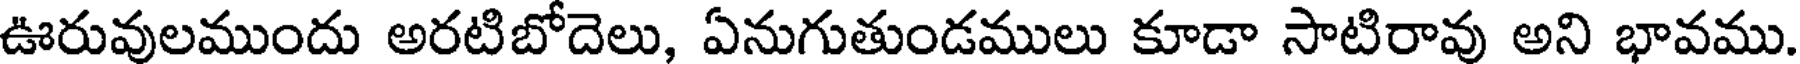
ఊరువులముందు అరటిబోదెలు, ఏనుగుతుండములు కూడా సాటిరావు అని భావము